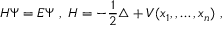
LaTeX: H \Psi = E \Psi \ , \ H = - \frac { 1 } { 2 } \triangle + V ( x _ { 1 } , , \ldots , x _ { n } ) \ ,